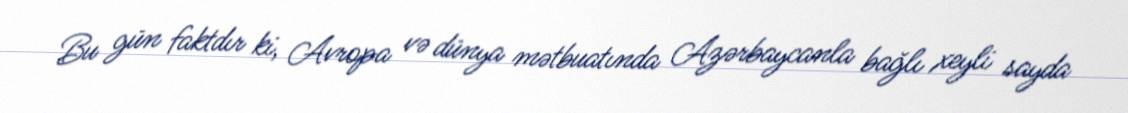
Bu gün faktdır ki, Avropa və dünya mətbuatında Azərbaycanla bağlı xeyli sayda